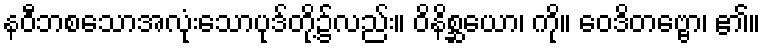
နဝီဘစသောအလုံးသောပုဒ်တို့၌လည်း။ ဝိနိစ္ဆယော၊ ကို။ ဝေဒိတဗ္ဗော၊ ၏။